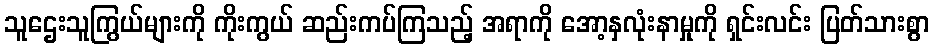
သူဌေးသူကြွယ်များကို ကိုးကွယ် ဆည်းကပ်ကြသည့် အရာကို အော့နှလုံးနာမှုကို ရှင်းလင်း ပြတ်သားစွာ